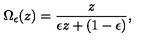
\Omega _ { \epsilon } ( z ) = { \frac { z } { \epsilon z + ( 1 - \epsilon ) } } ,